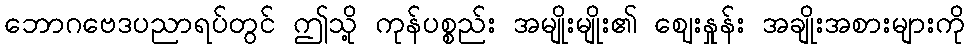
ဘောဂဗေဒပညာရပ်တွင် ဤသို့ ကုန်ပစ္စည်း အမျိုးမျိုး၏ ဈေးနှုန်း အချိုးအစားများကို